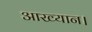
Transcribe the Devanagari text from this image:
आख्यान।